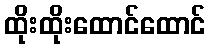
ထိုးထိုးထောင်ထောင်